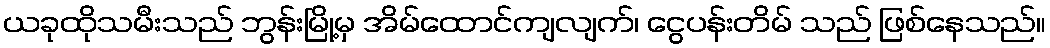
ယခုထိုသမီးသည် ဘွန်းမြို့မှ အိမ်ထောင်ကျလျက်၊ ငွေပန်းတိမ် သည် ဖြစ်နေသည်။